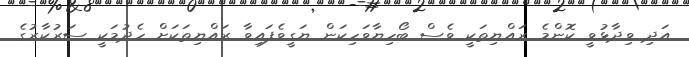
އަދި ވިދާޅުވީ ކޮންމެ ރައްޔިތަކީ ވެސް ބޯހިޔާވަހިކަން ޔަގީވެފައިވާ ރައްޔިތަކަށް ހެދުމަކީ ސަރުކާރުގެ